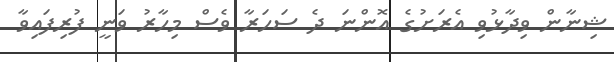
ޝިނާން ވިދާޅުވި އެރަށުގެ އޮންނަ ދެ ސަހަރާ ވެސް މިހާރު ވަނީ ފުރިފައިވާ